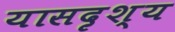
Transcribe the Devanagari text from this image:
यासदृश्य